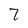
Character: 7